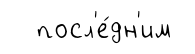
посл'е́дн'им